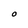
Character: O